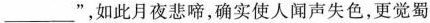
___”，如此月夜悲啼，确实使人闻声失色，更觉蜀